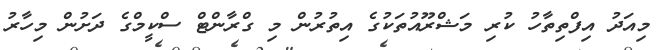
މިއަދު އިފްތިތާހު ކުރި މަޝްރޫއުތަކުގެ އިތުރުން މި ގްރާންޓް ސްކީމްގެ ދަށުން މިހާރު